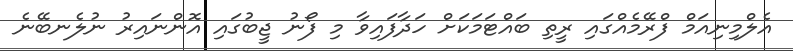
އެލްމިނިއަމް ފްރޭމެއްގައި ރީތި ބައްޓަމަކަށް ހަދާފައިވާ މި ފޯނު ޖީބުގައި އޮންނައިރު ނުލެނބޭނެ